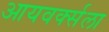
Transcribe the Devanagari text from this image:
आयवर्क्सला